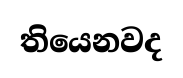
තියෙනවද